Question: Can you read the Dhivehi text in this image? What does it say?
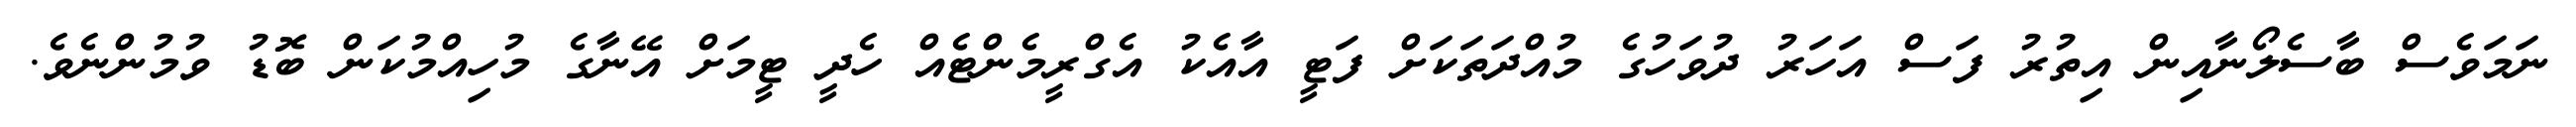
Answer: ނަމަވެސް ބާސެލޯނާއިން އިތުރު ފަސް އަހަރު ދުވަހުގެ މުއްދަތަކަށް ފަޓީ އާއެކު އެގްރީމެންޓެއް ހެދީ ޓީމަށް އޭނާގެ މުހިއްމުކަން ބޮޑު ވުމުންނެވެ.